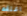
اغلقه